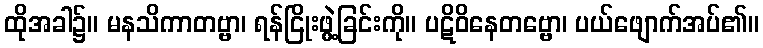
ထိုအခါ၌။ မနသိကာတဗ္ဗာ၊ ရန်ငြိုးဖွဲ့ခြင်းကို။ ပဋိဝိနေတဗ္ဗော၊ ပယ်ဖျောက်အပ်၏။